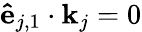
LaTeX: \mathbf{\hat{e}}_{j,1}\cdot\mathbf{k}_{j}=0